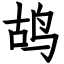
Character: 鸪